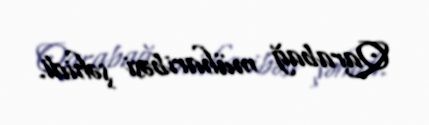
Qarabağ müharibəsi şəhidi.